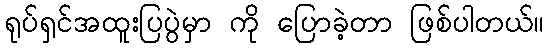
ရုပ်ရှင်အထူးပြပွဲမှာ ကို ပြောခဲ့တာ ဖြစ်ပါတယ်။